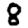
Digit: 8